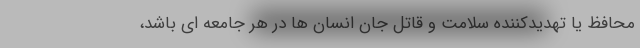
محافظ یا تهدیدکننده سلامت و قاتل جان انسان ها در هر جامعه ای باشد،